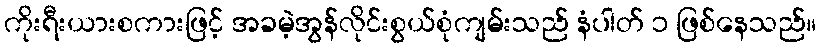
ကိုးရီးယားစကားဖြင့် အခမဲ့အွန်လိုင်းစွယ်စုံကျမ်းသည် နံပါတ် ၁ ဖြစ်နေသည်။